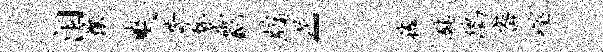
泪壤爽苛瞀砌配牖尼「禧慰鸱密噬